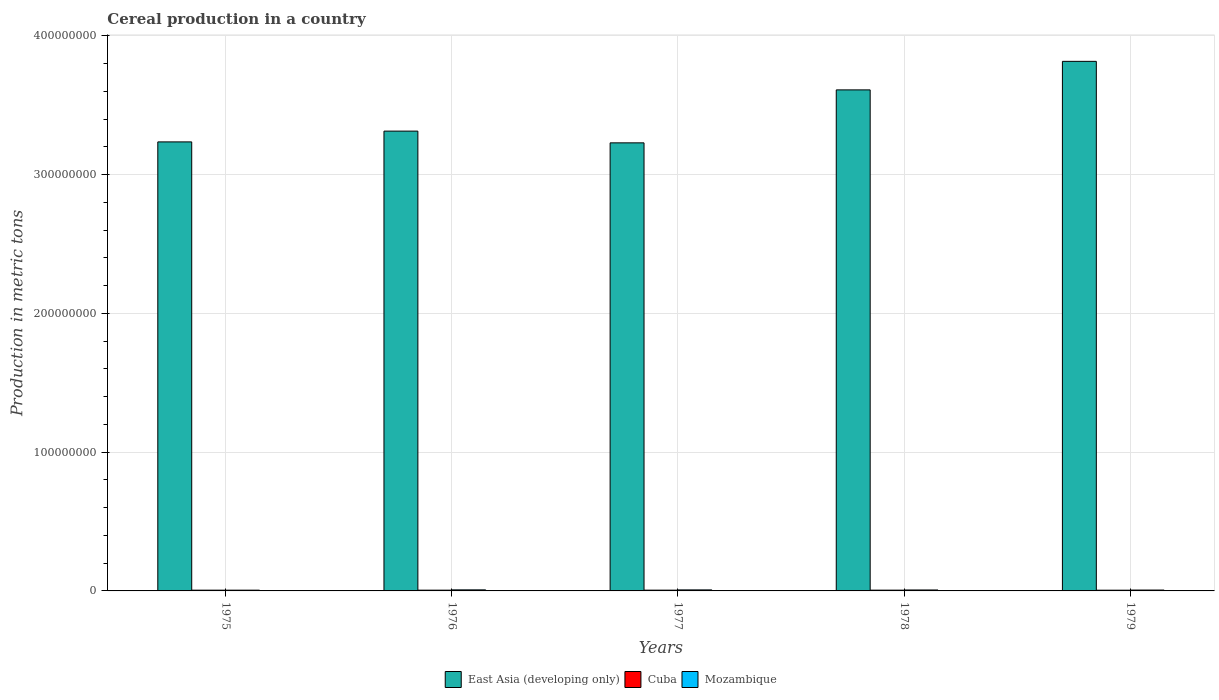
| Years | East Asia (developing only) | Cuba | Mozambique |
 | --- | --- | --- | --- |
 | 1975 | 3.24e+08 | 5.41e+05 | 5.42e+05 |
 | 1976 | 3.31e+08 | 5.46e+05 | 7.56e+05 |
 | 1977 | 3.23e+08 | 5.52e+05 | 7.38e+05 |
 | 1978 | 3.61e+08 | 5.54e+05 | 6.82e+05 |
 | 1979 | 3.82e+08 | 5.21e+05 | 6.22e+05 |